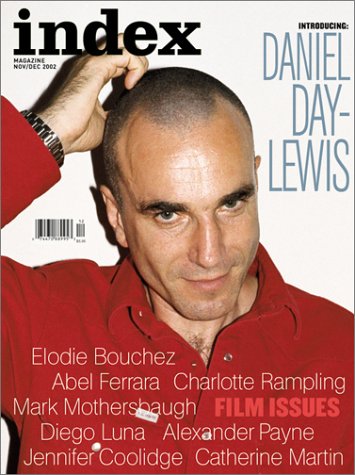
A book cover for Index, Vol. 7 #3; Humor & Entertainment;